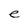
Character: e